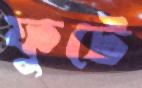
ফুটে